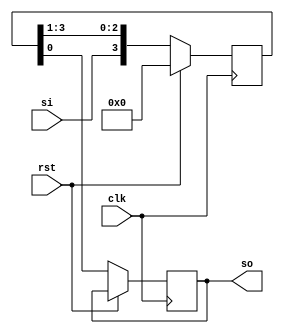
module siso(clk,rst,si,so);
input clk,rst,si;
output reg so;
 reg [3:0]temp;
 
 always@(posedge clk)
 begin
   if(rst)
    temp <= 4'b0000;
   else 
    begin
	 temp <= {si,temp[3:1]};
     so <= temp[0];
	end
 end
//   assign so = temp[0];
endmodule